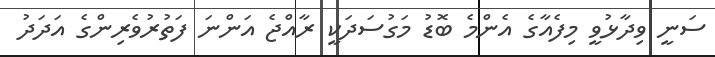
ސަނީ ވިދާޅުވީ މިފެއާގެ އެންމެ ބޮޑު މަގުސަދަކީ ރާއްޖެ އަންނަ ފަތުރުވެރިންގެ އަދަދު